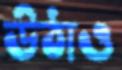
উঠাও